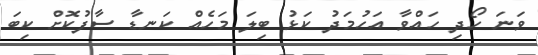
ވަނަ ހޯދި ހައްވާ އަހުމަދު ކަޅު ބިލަ މަހެއް ކަނޑާ ސާފުކޮށް ކިބަ